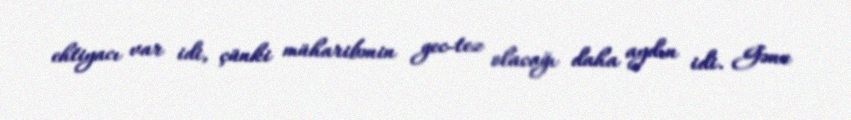
ehtiyacı var idi, çünki müharibənin gec-tez olacağı daha aydın idi. Gənc